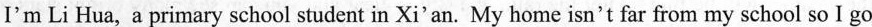
I'm Li Hua, a primary school student in Xi'an. My home isn't far from my school so I go